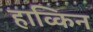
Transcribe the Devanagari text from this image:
हाव्किन